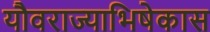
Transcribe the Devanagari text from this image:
यौवराज्याभिषेकास